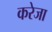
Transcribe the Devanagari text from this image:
करेजा